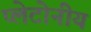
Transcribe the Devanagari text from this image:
प्लेटोनीय